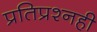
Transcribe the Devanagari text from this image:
प्रतिप्रश्‍नही